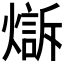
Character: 𤏣